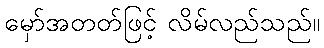
မှော်အတတ်ဖြင့် လိမ်လည်သည်။